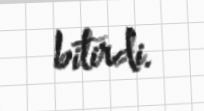
bitirdi.